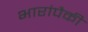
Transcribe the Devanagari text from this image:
भारांपैकी